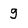
Character: g